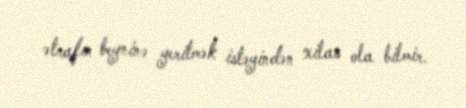
ətrafın beyninə yeritmək istəyindən xilas ola bilmir.